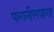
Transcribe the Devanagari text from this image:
पागनीसपागा